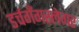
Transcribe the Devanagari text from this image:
डर्चगँगस्लेगर